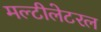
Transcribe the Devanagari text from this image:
मल्टीलेटरल